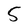
Character: 5